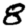
Digit: 8